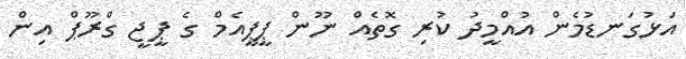
އަޅުގަނޑުމެން އުއްމީދު ކުރި ގޮތެއް ނޫން ޕީޕީއެމް ގެ ޕީޖީ ގްރޫޕް އިން